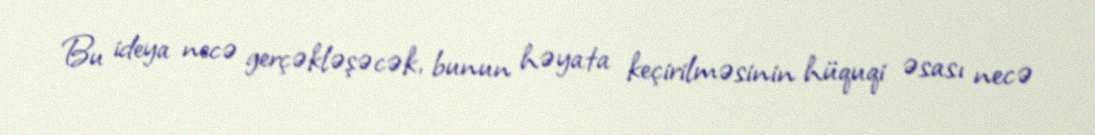
Bu ideya necə gerçəkləşəcək, bunun həyata keçirilməsinin hüquqi əsası necə